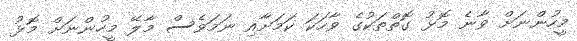
މީހުންނަށް ވާނެ މޮޅު ގޮތްތަކުގެ ވާހަކަ ކަމަށާއި ނަމަވެސް މާލޭ މީހުންނަށް މޮޅު